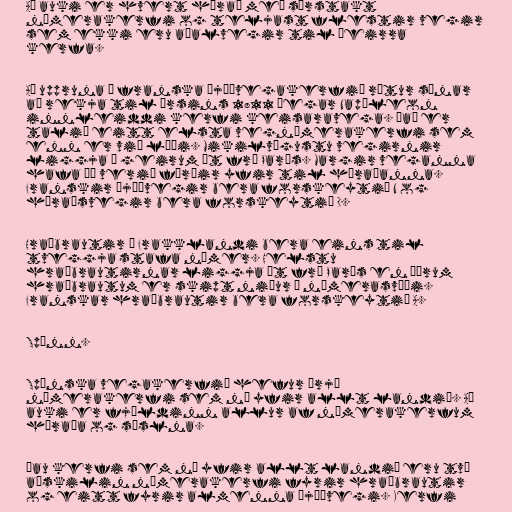
Að auki er hvert hérað með sérstakt
númerakerfi og teljast flestir vegir
sem ekki eru aðalvegir til þeirra
kerfa.

Að uppruna á franska þjóðvegakerfið rætur sínar
að rekja til ársins 1811 þegar Napóleon
innleiddi kerfi keisaravega. Það er
talið eitt elsta vegnúmerakerfi sem
enn er við lýði. Mikilvægustu vegirnir
liggja í geirum út frá París. Margir veganna
hafa þó verið færðir yfir til héraðanna.
Franskir þjóðvegir bera forskeytið N og
héraðsvegir bera forskeytið D.

Hraðbrautir í Frakklandi bera eins til
tveggja stafa númer. Helstu
hraðbrautirnar liggja út frá París en öðrum
hraðbrautum er skipt niður í númerasvæði.
Franskar hraðbrautir bera forskeytið A.

Spánn.

Spænska vegakerfið hefur þrjú
númerakerfi sem ná yfir allt landið. Að
auki er fjöldinn allur af númerakerfum
héraða og sýslna.

Þau kerfi sem ná yfir allt landið eru tvö
aðskilin númerakerfi fyrir hraðbrautir
og eitt fyrir almenna þjóðvegi. Kerfi